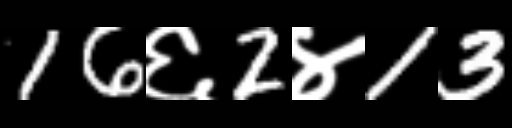
Text: 16६2४13